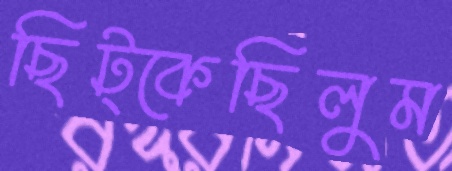
ছিট্‌কেছিলুম